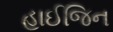
હાઈજિન